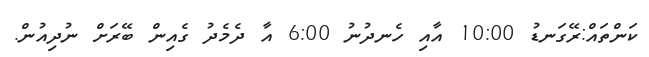
ކަންތައް:ރޭގަނޑު 10:00 އާއި ހެނދުނު 6:00 އާ ދެމެދު ގެއިން ބޭރަށް ނުދިއުން.